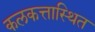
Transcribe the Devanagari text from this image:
कलकत्तास्थित